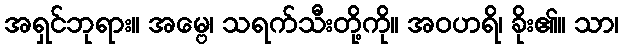
အရှင်ဘုရား။ အမ္ဗေ၊ သရက်သီးတို့ကို။ အဝဟရိ၊ ခိုး၏။ သာ၊